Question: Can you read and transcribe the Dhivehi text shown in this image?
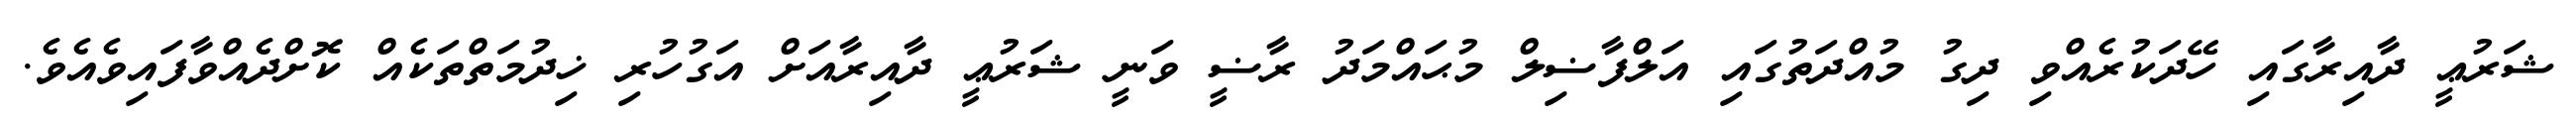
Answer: ޝަރުޢީ ދާއިރާގައި ހޭދަކުރެއްވި ދިގު މުއްދަތުގައި އަލްފާޟިލް މުޙައްމަދު ރާޟީ ވަނީ ޝަރުޢީ ދާއިރާއަށް އަގުހުރި ޚިދުމަތްތަކެއް ކޮށްދެއްވާފައިވެއެވެ.